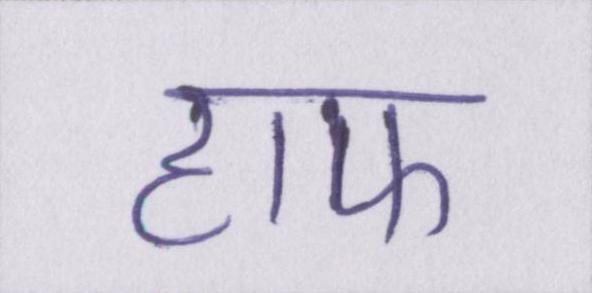
हाफ